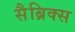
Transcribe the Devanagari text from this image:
सैब्रिक्स